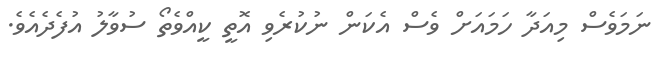
ނަމަވެސް މިއަދާ ހަމައަށް ވެސް އެކަން ނުކުރެވި އޮތީ ކީއްވެތޯ ސުވާލު އުފެދެއެވެ.